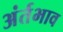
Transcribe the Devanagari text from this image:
अंर्तभाव